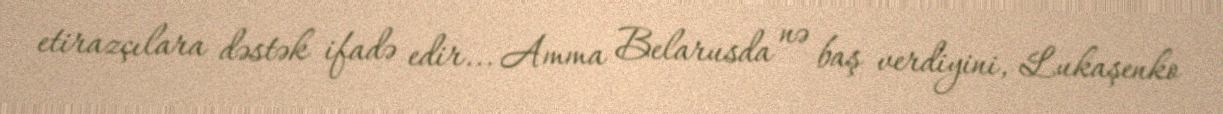
etirazçılara dəstək ifadə edir... Amma Belarusda nə baş verdiyini, Lukaşenko